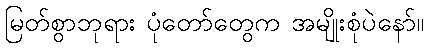
မြတ်စွာဘုရား ပုံတော်တွေက အမျိုးစုံပဲနော်။